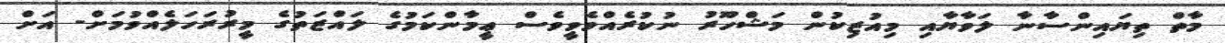
މާތް ތިޔައިންސާނާ ލަވާޔާއި މިއުޒިކުން މަޝްހޫރު ނުކުރެއްވެވީވެސް ޢީމާންކަމުގެ ލައްޒަތުގެ މީރުރަހަލެއްވުމަށް- އަށް